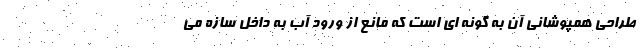
طراحی همپوشانی آن به گونه ای است که مانع از ورود آب به داخل سازه می